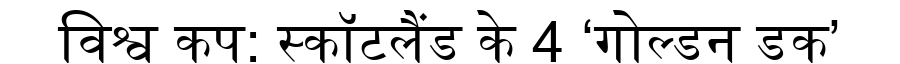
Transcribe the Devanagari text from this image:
विश्व कप: स्कॉटलैंड के 4 ‘गोल्डन डक’